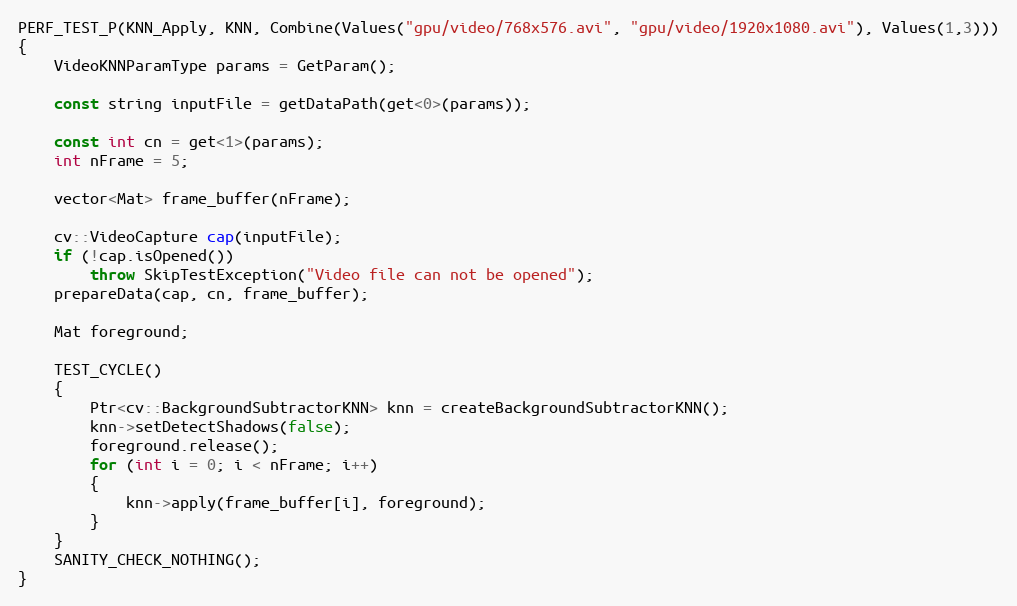
Language: C++
PERF_TEST_P(KNN_Apply, KNN, Combine(Values("gpu/video/768x576.avi", "gpu/video/1920x1080.avi"), Values(1,3)))
{
    VideoKNNParamType params = GetParam();

    const string inputFile = getDataPath(get<0>(params));

    const int cn = get<1>(params);
    int nFrame = 5;

    vector<Mat> frame_buffer(nFrame);

    cv::VideoCapture cap(inputFile);
    if (!cap.isOpened())
        throw SkipTestException("Video file can not be opened");
    prepareData(cap, cn, frame_buffer);

    Mat foreground;

    TEST_CYCLE()
    {
        Ptr<cv::BackgroundSubtractorKNN> knn = createBackgroundSubtractorKNN();
        knn->setDetectShadows(false);
        foreground.release();
        for (int i = 0; i < nFrame; i++)
        {
            knn->apply(frame_buffer[i], foreground);
        }
    }
    SANITY_CHECK_NOTHING();
}